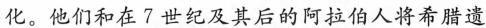
化。他们和在7世纪及其后的阿拉伯人将希腊遗